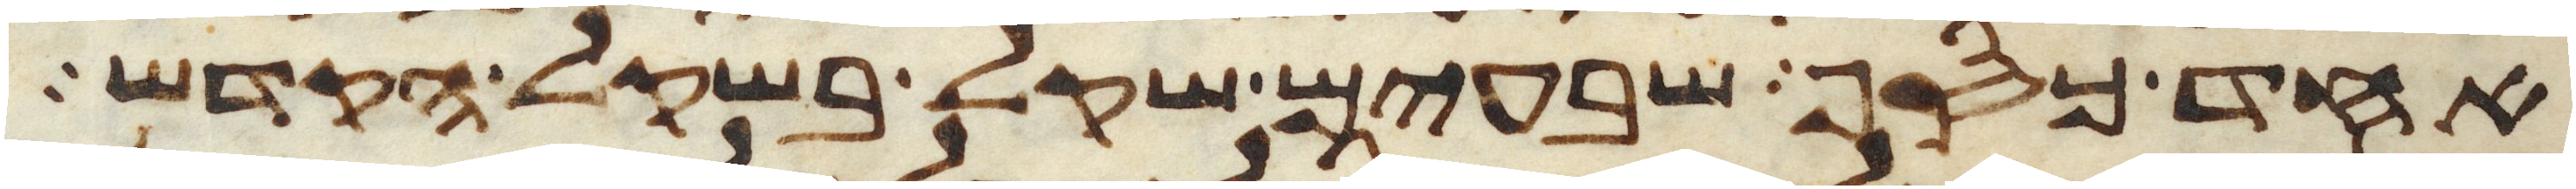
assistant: אחד כסף שבעים שקל בשקל הקדש